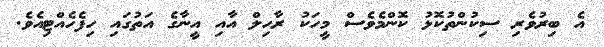
އެ ބިރުވެރި ސިކުންތުކޮޅު ކޮންމެވެސް މީހަކު ރާހިލް އާއި އީނާގެ އަތުގައި ހިފެހެއްޓިއެވެ.